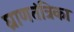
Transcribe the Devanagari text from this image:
घ्राणतंत्रिका